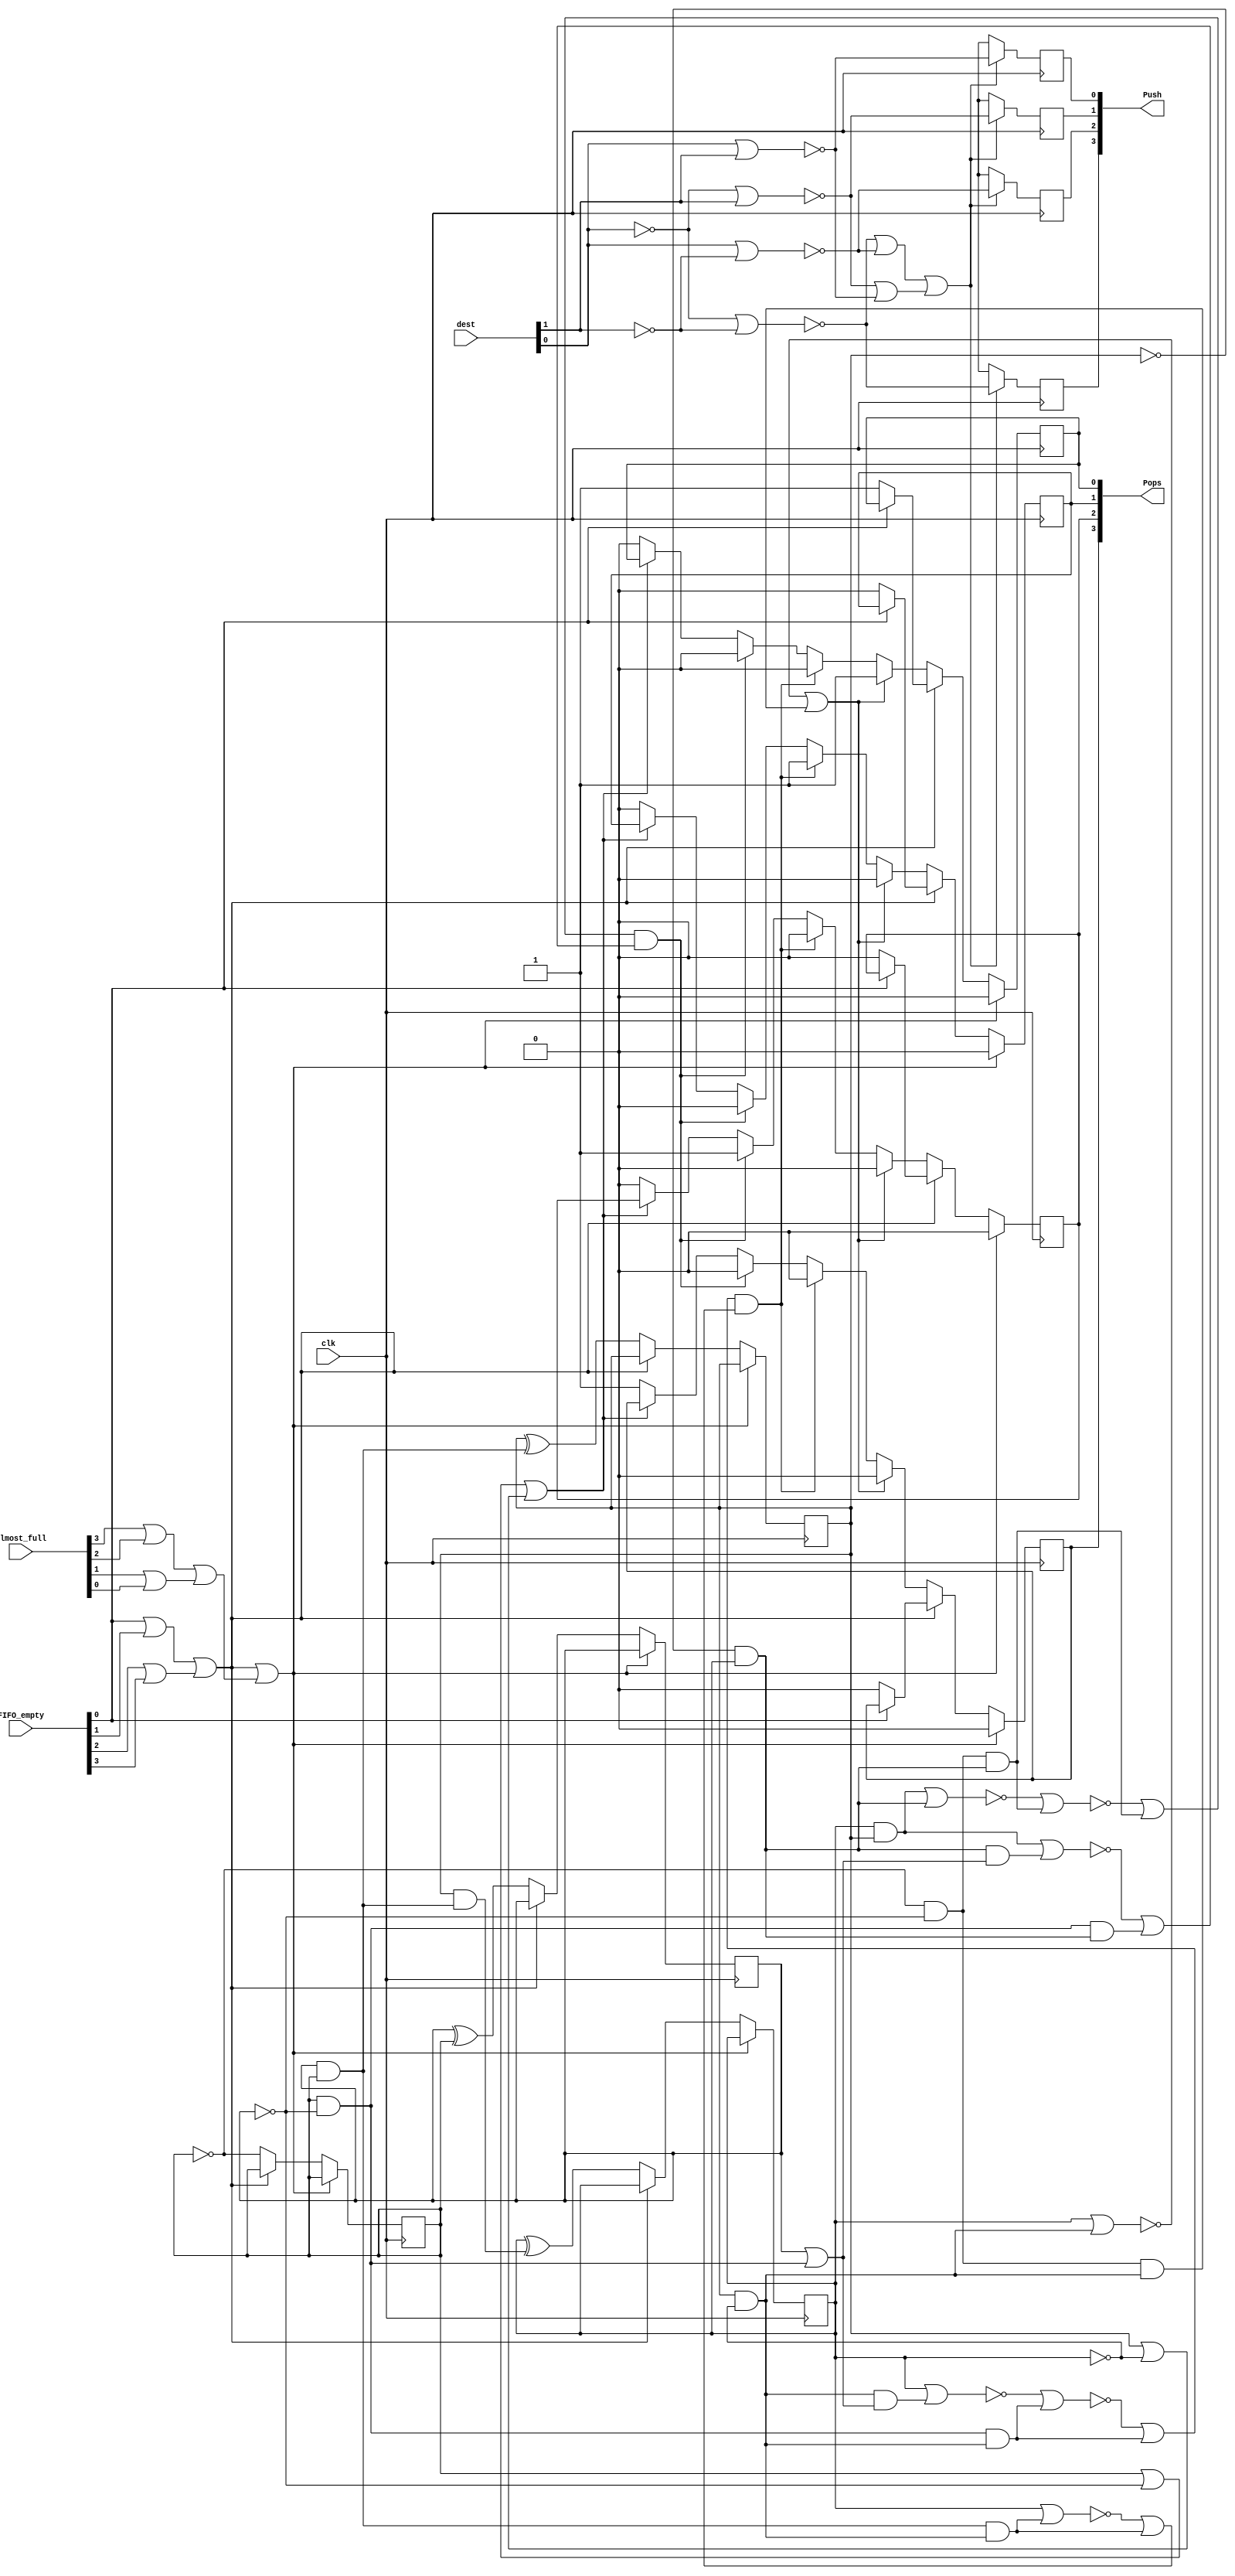
/* Generated by Yosys 0.9 (git sha1 1979e0b) */

(* top =  1  *)
(* src = "arbitro_1_synth.v:6" *)
module arbitro_1_synth(Pops, Push, clk, FIFO_empty, Almost_full, dest);
  (* src = "arbitro_1_synth.v:17" *)
  wire [3:0] _000_;
  (* src = "arbitro_1_synth.v:17" *)
  wire [3:0] _001_;
  (* src = "arbitro_1_synth.v:17" *)
  wire [3:0] _002_;
  (* src = "arbitro_1_synth.v:17" *)
  wire [3:0] _003_;
  (* src = "arbitro_1_synth.v:17" *)
  wire [3:0] _004_;
  (* src = "arbitro_1_synth.v:43" *)
  (* unused_bits = "4" *)
  wire [31:0] _005_;
  wire [1:0] _006_;
  wire [1:0] _007_;
  wire [15:0] _008_;
  wire [7:0] _009_;
  wire [15:0] _010_;
  wire [7:0] _011_;
  wire [15:0] _012_;
  wire [7:0] _013_;
  wire [15:0] _014_;
  wire [7:0] _015_;
  wire [7:0] _016_;
  wire [1:0] _017_;
  wire [1:0] _018_;
  wire [1:0] _019_;
  wire [1:0] _020_;
  wire [1:0] _021_;
  wire [1:0] _022_;
  wire _023_;
  wire _024_;
  wire [3:0] _025_;
  wire [1:0] _026_;
  wire [1:0] _027_;
  wire _028_;
  wire _029_;
  wire _030_;
  wire _031_;
  (* src = "arbitro_1_synth.v:30" *)
  wire _032_;
  (* src = "arbitro_1_synth.v:34" *)
  wire _033_;
  (* src = "arbitro_1_synth.v:26" *)
  wire _034_;
  (* src = "arbitro_1_synth.v:30" *)
  wire _035_;
  (* src = "arbitro_1_synth.v:34" *)
  wire _036_;
  (* src = "arbitro_1_synth.v:30" *)
  wire _037_;
  (* src = "arbitro_1_synth.v:34" *)
  wire _038_;
  (* src = "arbitro_1_synth.v:20" *)
  wire _039_;
  wire [3:0] _040_;
  wire [3:0] _041_;
  wire [3:0] _042_;
  wire [3:0] _043_;
  wire [3:0] _044_;
  (* src = "arbitro_1_synth.v:20" *)
  wire _045_;
  (* src = "arbitro_1_synth.v:43|<techmap.v>:260|<techmap.v>:203" *)
  (* unused_bits = "3" *)
  wire [31:0] _046_;
  (* src = "arbitro_1_synth.v:30|<techmap.v>:260|<techmap.v>:203" *)
  (* unused_bits = "2" *)
  wire [31:0] _047_;
  wire _048_;
  wire _049_;
  wire _050_;
  (* src = "arbitro_1_synth.v:34|arbitro_1.v:30|<techmap.v>:260|<techmap.v>:203" *)
  (* unused_bits = "2" *)
  wire [31:0] _051_;
  wire [31:0] _052_;
  wire _053_;
  wire _054_;
  wire _055_;
  (* src = "arbitro_1_synth.v:26|<techmap.v>:260|<techmap.v>:203" *)
  (* unused_bits = "2" *)
  wire [31:0] _056_;
  wire _057_;
  (* src = "arbitro_1_synth.v:30|arbitro_1.v:26|<techmap.v>:260|<techmap.v>:203" *)
  wire [31:0] _058_;
  wire _059_;
  (* src = "arbitro_1_synth.v:34|arbitro_1.v:26|<techmap.v>:260|<techmap.v>:203" *)
  (* unused_bits = "2" *)
  wire [31:0] _060_;
  wire _061_;
  (* src = "arbitro_1_synth.v:62|arbitro_1.v:58|<techmap.v>:445" *)
  wire _062_;
  (* src = "arbitro_1_synth.v:43|<techmap.v>:260|<techmap.v>:222" *)
  wire _063_;
  (* src = "arbitro_1_synth.v:30|<techmap.v>:260|<techmap.v>:221" *)
  wire _064_;
  (* src = "arbitro_1_synth.v:34|arbitro_1.v:30|<techmap.v>:260|<techmap.v>:221" *)
  wire _065_;
  (* src = "arbitro_1_synth.v:34|arbitro_1.v:30|<techmap.v>:260|<techmap.v>:221" *)
  wire _066_;
  (* src = "arbitro_1_synth.v:26|<techmap.v>:260|<techmap.v>:221" *)
  wire _067_;
  (* src = "arbitro_1_synth.v:34|arbitro_1.v:26|<techmap.v>:260|<techmap.v>:221" *)
  wire _068_;
  (* src = "arbitro_1_synth.v:11" *)
  input [3:0] Almost_full;
  (* src = "arbitro_1_synth.v:10" *)
  input [3:0] FIFO_empty;
  (* src = "arbitro_1_synth.v:7" *)
  output [3:0] Pops;
  reg [3:0] Pops;
  (* src = "arbitro_1_synth.v:8" *)
  output [3:0] Push;
  reg [3:0] Push;
  (* src = "arbitro_1_synth.v:9" *)
  input clk;
  (* init = 4'h0 *)
  (* src = "arbitro_1_synth.v:14" *)
  reg [3:0] contador = 4'h0;
  (* src = "arbitro_1_synth.v:15" *)
  wire [1:0] count2;
  (* src = "arbitro_1_synth.v:12" *)
  input [1:0] dest;
  assign _006_[0] = Almost_full[3] |(* src = "arbitro_1_synth.v:20" *)  Almost_full[2];
  assign _006_[1] = Almost_full[1] |(* src = "arbitro_1_synth.v:20" *)  Almost_full[0];
  assign _045_ = _006_[0] |(* src = "arbitro_1_synth.v:20" *)  _006_[1];
  assign _007_[0] = contador[0] |(* src = "arbitro_1_synth.v:38" *)  _025_[1];
  assign _007_[1] = contador[2] |(* src = "arbitro_1_synth.v:38" *)  _025_[3];
  assign _028_ = _007_[0] |(* src = "arbitro_1_synth.v:38" *)  _007_[1];
  assign _029_ = dest[0] |(* src = "arbitro_1_synth.v:61|arbitro_1.v:58" *)  _026_[1];
  assign _030_ = _027_[0] |(* src = "arbitro_1_synth.v:62|arbitro_1.v:58" *)  _026_[1];
  assign _031_ = _027_[0] |(* src = "arbitro_1_synth.v:60|arbitro_1.v:58" *)  dest[1];
  assign _009_[0] = _008_[0] &(* src = "arbitro_1_synth.v:26" *)  _008_[1];
  assign _034_ = _057_ | _009_[0];
  assign _010_[0] = contador[0] &(* src = "arbitro_1_synth.v:30" *)  _025_[1];
  assign _008_[1] = contador[2] &(* src = "arbitro_1_synth.v:30" *)  _025_[3];
  assign _011_[0] = _010_[0] &(* src = "arbitro_1_synth.v:30" *)  _008_[1];
  assign _032_ = _049_ | _011_[0];
  assign _013_[0] = _012_[0] &(* src = "arbitro_1_synth.v:30|arbitro_1.v:26" *)  _008_[1];
  assign _035_ = _059_ | _013_[0];
  assign _008_[0] = _005_[0] &(* src = "arbitro_1_synth.v:34|arbitro_1.v:30" *)  _025_[1];
  assign _015_[0] = _008_[0] &(* src = "arbitro_1_synth.v:34|arbitro_1.v:30" *)  _014_[1];
  assign _033_ = _054_ | _015_[0];
  assign _014_[1] = _052_[2] &(* src = "arbitro_1_synth.v:34|arbitro_1.v:26" *)  contador[3];
  assign _016_[0] = _010_[0] &(* src = "arbitro_1_synth.v:34|arbitro_1.v:26" *)  _014_[1];
  assign _036_ = _061_ | _016_[0];
  assign _021_[0] = _018_[0] |(* src = "arbitro_1_synth.v:62|arbitro_1.v:58|<techmap.v>:445" *)  _019_[0];
  assign _021_[1] = _017_[1] |(* src = "arbitro_1_synth.v:62|arbitro_1.v:58|<techmap.v>:445" *)  _020_[1];
  assign _062_ = _021_[0] |(* src = "arbitro_1_synth.v:62|arbitro_1.v:58|<techmap.v>:445" *)  _021_[1];
  assign _022_[0] = FIFO_empty[0] |(* src = "arbitro_1_synth.v:21" *)  FIFO_empty[1];
  assign _022_[1] = FIFO_empty[2] |(* src = "arbitro_1_synth.v:21" *)  FIFO_empty[3];
  assign _023_ = _022_[0] |(* src = "arbitro_1_synth.v:21" *)  _022_[1];
  assign _024_ = dest[0] |(* src = "arbitro_1_synth.v:59|arbitro_1.v:58" *)  dest[1];
  assign _019_[0] = ~(* src = "arbitro_1_synth.v:61|arbitro_1.v:58" *) _029_;
  assign _018_[0] = ~(* src = "arbitro_1_synth.v:62|arbitro_1.v:58" *) _030_;
  assign _017_[1] = ~(* src = "arbitro_1_synth.v:60|arbitro_1.v:58" *) _031_;
  assign _020_[1] = ~(* src = "arbitro_1_synth.v:59|arbitro_1.v:58" *) _024_;
  assign _039_ = _023_ |(* src = "arbitro_1_synth.v:20" *)  _045_;
  assign _038_ = _033_ &(* src = "arbitro_1_synth.v:34" *)  _036_;
  assign _037_ = _032_ &(* src = "arbitro_1_synth.v:30" *)  _035_;
  assign _004_[0] = FIFO_empty[0] ? (* src = "arbitro_1_synth.v:49" *) Pops[0] : 1'h1;
  assign _004_[1] = FIFO_empty[0] ? (* src = "arbitro_1_synth.v:49" *) Pops[1] : 1'h0;
  assign _004_[2] = FIFO_empty[0] ? (* src = "arbitro_1_synth.v:49" *) Pops[2] : 1'h0;
  assign _004_[3] = FIFO_empty[0] ? (* src = "arbitro_1_synth.v:49" *) Pops[3] : 1'h0;
  assign _042_[0] = _037_ ? (* src = "arbitro_1_synth.v:30" *) 1'h0 : _041_[0];
  assign _042_[1] = _037_ ? (* src = "arbitro_1_synth.v:30" *) 1'h1 : _041_[1];
  assign _042_[2] = _037_ ? (* src = "arbitro_1_synth.v:30" *) 1'h0 : _041_[2];
  assign _042_[3] = _037_ ? (* src = "arbitro_1_synth.v:30" *) 1'h0 : _041_[3];
  assign _040_[0] = _028_ ? (* src = "arbitro_1_synth.v:38" *) Pops[0] : 1'h0;
  assign _040_[1] = _028_ ? (* src = "arbitro_1_synth.v:38" *) Pops[1] : 1'h0;
  assign _040_[2] = _028_ ? (* src = "arbitro_1_synth.v:38" *) Pops[2] : 1'h0;
  assign _040_[3] = _028_ ? (* src = "arbitro_1_synth.v:38" *) Pops[3] : 1'h1;
  assign _041_[0] = _038_ ? (* src = "arbitro_1_synth.v:34" *) 1'h0 : _040_[0];
  assign _041_[1] = _038_ ? (* src = "arbitro_1_synth.v:34" *) 1'h0 : _040_[1];
  assign _041_[2] = _038_ ? (* src = "arbitro_1_synth.v:34" *) 1'h1 : _040_[2];
  assign _041_[3] = _038_ ? (* src = "arbitro_1_synth.v:34" *) 1'h0 : _040_[3];
  assign _043_[0] = _034_ ? (* src = "arbitro_1_synth.v:26" *) 1'h1 : _042_[0];
  assign _043_[1] = _034_ ? (* src = "arbitro_1_synth.v:26" *) 1'h0 : _042_[1];
  assign _043_[2] = _034_ ? (* src = "arbitro_1_synth.v:26" *) 1'h0 : _042_[2];
  assign _043_[3] = _034_ ? (* src = "arbitro_1_synth.v:26" *) 1'h0 : _042_[3];
  assign _003_[0] = _023_ ? (* src = "arbitro_1_synth.v:21" *) _004_[0] : _043_[0];
  assign _003_[1] = _023_ ? (* src = "arbitro_1_synth.v:21" *) _004_[1] : _043_[1];
  assign _003_[2] = _023_ ? (* src = "arbitro_1_synth.v:21" *) _004_[2] : _043_[2];
  assign _003_[3] = _023_ ? (* src = "arbitro_1_synth.v:21" *) _004_[3] : _043_[3];
  assign _002_[0] = _039_ ? (* src = "arbitro_1_synth.v:20" *) contador[0] : _044_[0];
  assign _002_[1] = _039_ ? (* src = "arbitro_1_synth.v:20" *) contador[1] : _044_[1];
  assign _002_[2] = _039_ ? (* src = "arbitro_1_synth.v:20" *) contador[2] : _044_[2];
  assign _002_[3] = _039_ ? (* src = "arbitro_1_synth.v:20" *) contador[3] : _044_[3];
  assign _000_[0] = _039_ ? (* src = "arbitro_1_synth.v:20" *) 1'h0 : _003_[0];
  assign _000_[1] = _039_ ? (* src = "arbitro_1_synth.v:20" *) 1'h0 : _003_[1];
  assign _000_[2] = _039_ ? (* src = "arbitro_1_synth.v:20" *) 1'h0 : _003_[2];
  assign _000_[3] = _039_ ? (* src = "arbitro_1_synth.v:20" *) 1'h0 : _003_[3];
  assign _044_[0] = _023_ ? (* src = "arbitro_1_synth.v:21" *) contador[0] : _005_[0];
  assign _044_[1] = _023_ ? (* src = "arbitro_1_synth.v:21" *) contador[1] : _005_[1];
  assign _044_[2] = _023_ ? (* src = "arbitro_1_synth.v:21" *) contador[2] : _005_[2];
  assign _044_[3] = _023_ ? (* src = "arbitro_1_synth.v:21" *) contador[3] : _005_[3];
  assign _001_[0] = _062_ ? (* src = "arbitro_1_synth.v:62|arbitro_1.v:58|<techmap.v>:445" *) _020_[1] : 1'hx;
  assign _001_[1] = _062_ ? (* src = "arbitro_1_synth.v:62|arbitro_1.v:58|<techmap.v>:445" *) _017_[1] : 1'hx;
  assign _001_[2] = _062_ ? (* src = "arbitro_1_synth.v:62|arbitro_1.v:58|<techmap.v>:445" *) _019_[0] : 1'hx;
  assign _001_[3] = _062_ ? (* src = "arbitro_1_synth.v:62|arbitro_1.v:58|<techmap.v>:445" *) _018_[0] : 1'hx;
  assign _057_ = ~(* src = "arbitro_1_synth.v:26" *) _056_[31];
  assign _049_ = ~(* src = "arbitro_1_synth.v:30" *) _050_;
  assign _048_ = ~(* src = "arbitro_1_synth.v:30" *) _047_[31];
  assign _059_ = ~(* src = "arbitro_1_synth.v:30|arbitro_1.v:26" *) _058_[31];
  assign _054_ = ~(* src = "arbitro_1_synth.v:34|arbitro_1.v:30" *) _055_;
  assign _053_ = ~(* src = "arbitro_1_synth.v:34|arbitro_1.v:30" *) _051_[31];
  assign _061_ = ~(* src = "arbitro_1_synth.v:34|arbitro_1.v:26" *) _060_[31];
  (* src = "arbitro_1_synth.v:17" *)
  always @(posedge clk)
      contador[0] <= _002_[0];
  (* src = "arbitro_1_synth.v:17" *)
  always @(posedge clk)
      contador[1] <= _002_[1];
  (* src = "arbitro_1_synth.v:17" *)
  always @(posedge clk)
      contador[2] <= _002_[2];
  (* src = "arbitro_1_synth.v:17" *)
  always @(posedge clk)
      contador[3] <= _002_[3];
  (* src = "arbitro_1_synth.v:17" *)
  always @(posedge clk)
      Pops[0] <= _000_[0];
  (* src = "arbitro_1_synth.v:17" *)
  always @(posedge clk)
      Pops[1] <= _000_[1];
  (* src = "arbitro_1_synth.v:17" *)
  always @(posedge clk)
      Pops[2] <= _000_[2];
  (* src = "arbitro_1_synth.v:17" *)
  always @(posedge clk)
      Pops[3] <= _000_[3];
  (* src = "arbitro_1_synth.v:17" *)
  always @(posedge clk)
      Push[0] <= _001_[0];
  (* src = "arbitro_1_synth.v:17" *)
  always @(posedge clk)
      Push[1] <= _001_[1];
  (* src = "arbitro_1_synth.v:17" *)
  always @(posedge clk)
      Push[2] <= _001_[2];
  (* src = "arbitro_1_synth.v:17" *)
  always @(posedge clk)
      Push[3] <= _001_[3];
  assign _005_[0] = contador[0] ^(* src = "arbitro_1_synth.v:30|<techmap.v>:263" *)  1'h1;
  assign _005_[2] = contador[2] ^(* src = "arbitro_1_synth.v:30|arbitro_1.v:26|<techmap.v>:263" *)  _012_[0];
  assign _052_[2] = contador[2] ^(* src = "arbitro_1_synth.v:34|arbitro_1.v:26|<techmap.v>:262" *)  1'h1;
  assign _005_[1] = contador[1] ^(* src = "arbitro_1_synth.v:43|<techmap.v>:263" *)  contador[0];
  assign _005_[3] = contador[3] ^(* src = "arbitro_1_synth.v:43|<techmap.v>:263" *)  _046_[2];
  assign _067_ = _008_[1] &(* src = "arbitro_1_synth.v:26|<techmap.v>:260|<techmap.v>:221" *)  _051_[1];
  assign _051_[0] = contador[0] |(* src = "arbitro_1_synth.v:26|<techmap.v>:260|<techmap.v>:212" *)  _005_[0];
  assign _056_[31] = contador[3] |(* src = "arbitro_1_synth.v:26|<techmap.v>:260|<techmap.v>:221" *)  _067_;
  assign _064_ = _008_[1] &(* src = "arbitro_1_synth.v:30|<techmap.v>:260|<techmap.v>:221" *)  _047_[1];
  assign _047_[1] = contador[1] |(* src = "arbitro_1_synth.v:30|<techmap.v>:260|<techmap.v>:221" *)  _010_[0];
  assign _047_[31] = contador[3] |(* src = "arbitro_1_synth.v:30|<techmap.v>:260|<techmap.v>:221" *)  _064_;
  assign _026_[1] = dest[1] ^(* src = "arbitro_1_synth.v:62|arbitro_1.v:58" *)  1'h1;
  assign _027_[0] = dest[0] ^(* src = "arbitro_1_synth.v:60|arbitro_1.v:58" *)  1'h1;
  assign _058_[31] = contador[3] |(* src = "arbitro_1_synth.v:30|arbitro_1.v:26|<techmap.v>:260|<techmap.v>:221" *)  _013_[0];
  assign _065_ = _025_[1] &(* src = "arbitro_1_synth.v:34|arbitro_1.v:30|<techmap.v>:260|<techmap.v>:221" *)  _051_[0];
  assign _066_ = _014_[1] &(* src = "arbitro_1_synth.v:34|arbitro_1.v:30|<techmap.v>:260|<techmap.v>:221" *)  _051_[1];
  assign _051_[1] = contador[1] |(* src = "arbitro_1_synth.v:34|arbitro_1.v:30|<techmap.v>:260|<techmap.v>:221" *)  _065_;
  assign _051_[31] = _063_ |(* src = "arbitro_1_synth.v:34|arbitro_1.v:30|<techmap.v>:260|<techmap.v>:221" *)  _066_;
  assign _063_ = contador[3] &(* src = "arbitro_1_synth.v:34|arbitro_1.v:26|<techmap.v>:260|<techmap.v>:221" *)  contador[2];
  assign _068_ = _014_[1] &(* src = "arbitro_1_synth.v:34|arbitro_1.v:26|<techmap.v>:260|<techmap.v>:221" *)  _047_[1];
  assign _060_[31] = _063_ |(* src = "arbitro_1_synth.v:34|arbitro_1.v:26|<techmap.v>:260|<techmap.v>:221" *)  _068_;
  assign _012_[0] = contador[1] &(* src = "arbitro_1_synth.v:43|<techmap.v>:260|<techmap.v>:221" *)  contador[0];
  assign _046_[2] = contador[2] &(* src = "arbitro_1_synth.v:43|<techmap.v>:260|<techmap.v>:229" *)  _012_[0];
  assign _050_ = _048_ | _011_[0];
  assign _055_ = _053_ | _015_[0];
  assign _025_[1] = contador[1] ^(* src = "arbitro_1_synth.v:26|<techmap.v>:262" *)  1'h1;
  assign _025_[3] = contador[3] ^(* src = "arbitro_1_synth.v:26|<techmap.v>:262" *)  1'h1;
  assign _005_[31:5] = 27'h0000000;
  assign _008_[15:2] = 14'h3fff;
  assign _009_[7:1] = 7'h7f;
  assign _010_[15:1] = { 14'h3fff, _008_[1] };
  assign _011_[7:1] = 7'h7f;
  assign _012_[15:1] = { 14'h3fff, _008_[1] };
  assign _013_[7:1] = 7'h7f;
  assign { _014_[15:2], _014_[0] } = { 14'h3fff, _008_[0] };
  assign _015_[7:1] = 7'h7f;
  assign _016_[7:1] = 7'h7f;
  assign _017_[0] = 1'h0;
  assign _018_[1] = 1'h0;
  assign _019_[1] = 1'h0;
  assign _020_[0] = 1'h0;
  assign { _025_[2], _025_[0] } = { contador[2], contador[0] };
  assign _026_[0] = dest[0];
  assign _027_[1] = _026_[1];
  assign { _046_[31:3], _046_[1:0] } = { 28'h0000000, _005_[4], _012_[0], contador[0] };
  assign { _047_[30:3], _047_[0] } = { _047_[31], _047_[31], _047_[31], _047_[31], _047_[31], _047_[31], _047_[31], _047_[31], _047_[31], _047_[31], _047_[31], _047_[31], _047_[31], _047_[31], _047_[31], _047_[31], _047_[31], _047_[31], _047_[31], _047_[31], _047_[31], _047_[31], _047_[31], _047_[31], _047_[31], _047_[31], _047_[31], _047_[31], contador[0] };
  assign _051_[30:3] = { _051_[31], _051_[31], _051_[31], _051_[31], _051_[31], _051_[31], _051_[31], _051_[31], _051_[31], _051_[31], _051_[31], _051_[31], _051_[31], _051_[31], _051_[31], _051_[31], _051_[31], _051_[31], _051_[31], _051_[31], _051_[31], _051_[31], _051_[31], _051_[31], _051_[31], _051_[31], _051_[31], _051_[31] };
  assign { _052_[31:3], _052_[1:0] } = { 28'hfffffff, contador[3], _025_[1], _005_[0] };
  assign { _056_[30:3], _056_[1:0] } = { _056_[31], _056_[31], _056_[31], _056_[31], _056_[31], _056_[31], _056_[31], _056_[31], _056_[31], _056_[31], _056_[31], _056_[31], _056_[31], _056_[31], _056_[31], _056_[31], _056_[31], _056_[31], _056_[31], _056_[31], _056_[31], _056_[31], _056_[31], _056_[31], _056_[31], _056_[31], _056_[31], _056_[31], _051_[1:0] };
  assign _058_[30:0] = { _058_[31], _058_[31], _058_[31], _058_[31], _058_[31], _058_[31], _058_[31], _058_[31], _058_[31], _058_[31], _058_[31], _058_[31], _058_[31], _058_[31], _058_[31], _058_[31], _058_[31], _058_[31], _058_[31], _058_[31], _058_[31], _058_[31], _058_[31], _058_[31], _058_[31], _058_[31], _058_[31], _058_[31], _046_[2], _012_[0], contador[0] };
  assign { _060_[30:3], _060_[1:0] } = { _060_[31], _060_[31], _060_[31], _060_[31], _060_[31], _060_[31], _060_[31], _060_[31], _060_[31], _060_[31], _060_[31], _060_[31], _060_[31], _060_[31], _060_[31], _060_[31], _060_[31], _060_[31], _060_[31], _060_[31], _060_[31], _060_[31], _060_[31], _060_[31], _060_[31], _060_[31], _060_[31], _060_[31], _047_[1], contador[0] };
  assign count2 = 2'h0;
endmodule